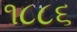
૧૮૮૬